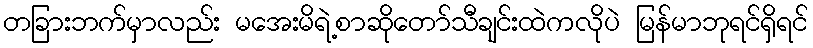
တခြားဘက်မှာလည်း မအေးမိရဲ့စာဆိုတော်သီချင်းထဲကလိုပဲ မြန်မာဘုရင်ရှိရင်